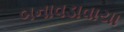
બનાવડાવાયા